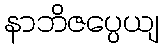
နာဘိဇပ္ပေယျ